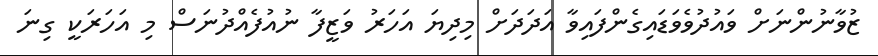
ޒުވާނުންނަށް ވައުދުވެވަޑައިގެންފައިވާ އަދަދަށް މިދިިޔަ އަަހަރު ވަޒީފާ ނުއުފެއްދުނަސް މި އަހަރަކީ ގިނަ